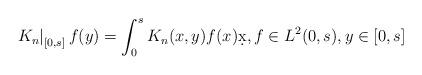
LaTeX: \begin{align*}\left.K_n\right|_{[0,s]} f(y)=\int_0^s K_n(x,y)f(x)\d x,f\in L^2(0,s),y\in [0,s]\end{align*}